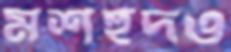
মশহুদও